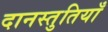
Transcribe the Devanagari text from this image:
दानस्तुतियाँ